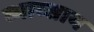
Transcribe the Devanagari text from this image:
व्याव्साय